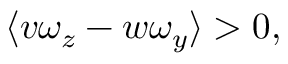
\langle v \omega _ { z } - w \omega _ { y } \rangle > 0 ,